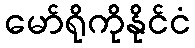
မော်ရိုကိုနိုင်ငံ